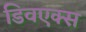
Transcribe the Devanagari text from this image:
डिवएक्स